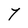
Character: 7